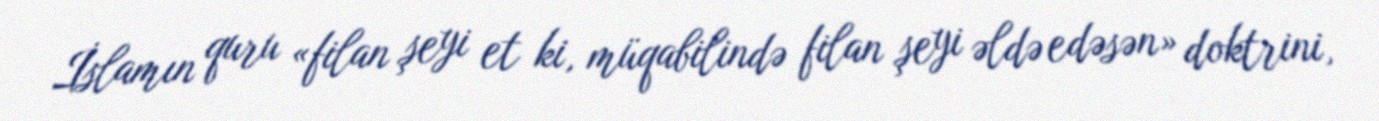
İslamın quru «filan şeyi et ki, müqabilində filan şeyi əldə edəsən» doktrini,